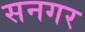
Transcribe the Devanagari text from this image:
सनगर